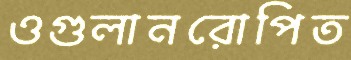
ওগুলানরোপিত